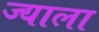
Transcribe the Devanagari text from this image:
ज्‍याला